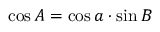
\cos A = \cos a \cdot \sin B